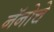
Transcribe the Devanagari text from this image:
नॅनोचे